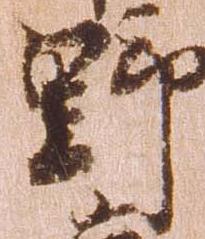
野